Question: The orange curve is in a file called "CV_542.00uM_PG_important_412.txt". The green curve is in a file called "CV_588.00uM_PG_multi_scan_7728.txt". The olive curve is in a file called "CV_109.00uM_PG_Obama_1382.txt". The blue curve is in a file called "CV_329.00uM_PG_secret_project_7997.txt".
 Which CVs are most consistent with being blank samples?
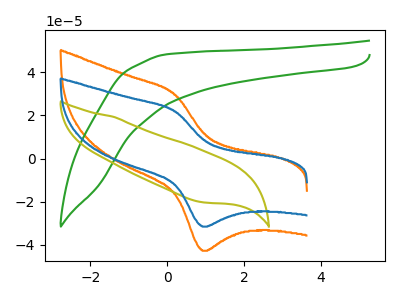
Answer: <think>The orange curve "PG_542.00uM" has an anodic peak at (0.20V, 29.55uA) and a cathodic peak at (0.90V, -42.75uA). The green curve "PG_588.00uM" has no peaks. The olive curve "PG_109.00uM" has no peaks. The blue curve "PG_329.00uM" has an anodic peak at (0.20V, 21.80uA) and a cathodic peak at (0.90V, -31.55uA).</think>
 <answer>"PG_588.00uM" and "PG_109.00uM" are likely to be blanks.</answer>
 <eval>"PG_588.00uM", "PG_109.00uM"</eval>